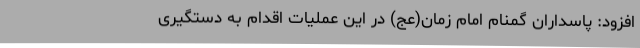
افزود: پاسداران گمنام امام زمان(عج) در این عملیات اقدام به دستگیری